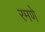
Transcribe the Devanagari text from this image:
रमणे